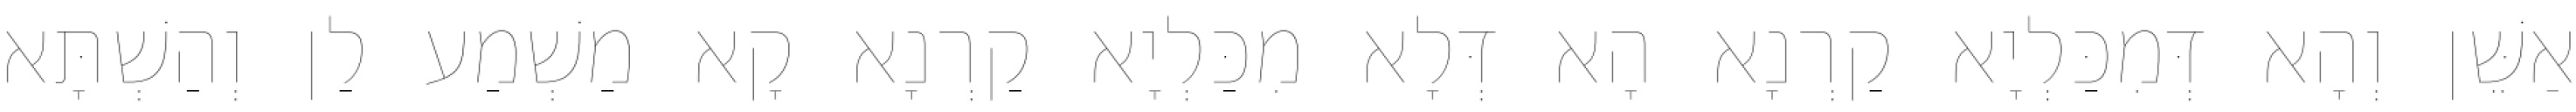
אַשֵּׁן וְהָא דְּמִכַּלְיָא קַרְנָא הָא דְּלָא מִכַּלְיָא קַרְנָא קָא מַשְׁמַע לַן וְהַשְׁתָּא